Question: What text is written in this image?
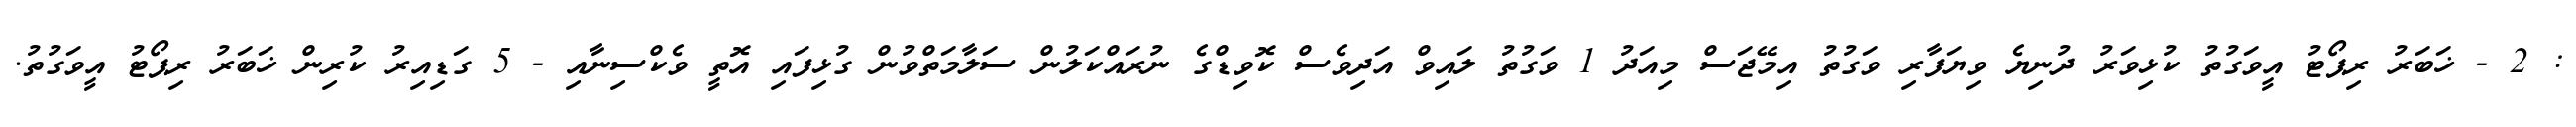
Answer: : 2 - ޚަބަރު ރިޕޯޓު އީވަގުތު ކުޅިވަރު ދުނިޔެ ވިޔަފާރި ވަގުތު އިމޭޖަސް މިއަދު 1 ވަގުތު ލައިވް އަދިވެސް ކޮވިޑްގެ ނުރައްކަލުން ސަލާމަތްވުން ގުޅިފައި އޮތީ ވެކްސިނާއި - 5 ގަޑިއިރު ކުރިން ޚަބަރު ރިޕޯޓު އީވަގުތު.